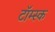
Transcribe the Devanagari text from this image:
टॉम्स्क